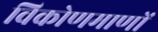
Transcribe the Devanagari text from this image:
विकोणमाणों